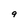
Character: 9